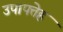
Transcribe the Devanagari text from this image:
उपापत्तेह